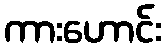
ကားဟောင်း